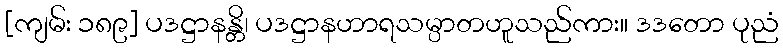
[ကျမ်း ၁၈၉] ပဒဋ္ဌာနန္တိ၊ ပဒဋ္ဌာနဟာရသမ္ပာတဟူသည်ကား။ ဒဒတော ပုညံ